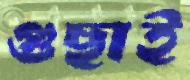
গুছাই